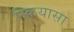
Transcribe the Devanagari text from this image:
स्कियासा